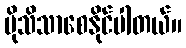
ပိုသိသာစေနိုင်ပါတယ်။